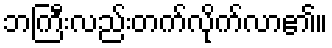
ဘကြီးလည်းတက်လိုက်လာ၏။